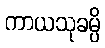
ကာယသုခမ္ပိ